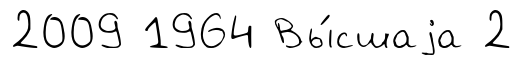
2009 1964 Вы́сшаjа 2